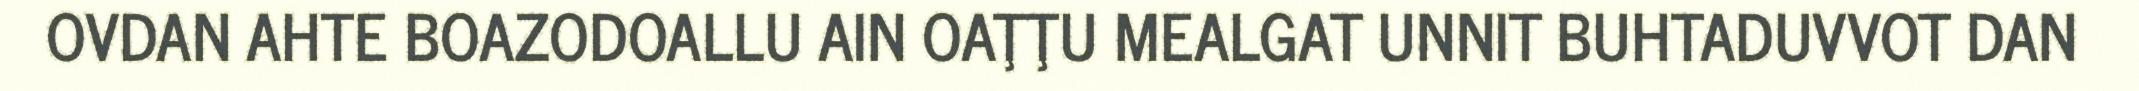
OVDAN AHTE BOAZODOALLU AIN OAŢŢU MEALGAT UNNIT BUHTADUVVOT DAN